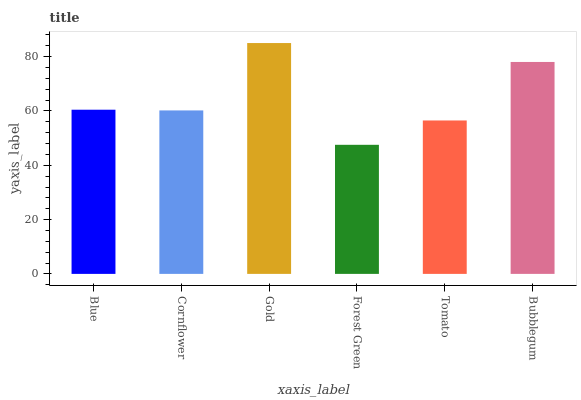
| xaxis_label | bars |
 | --- | --- |
 | Blue | 60.5 |
 | Cornflower | 60.2 |
 | Gold | 85 |
 | Forest Green | 47.5 |
 | Tomato | 56.5 |
 | Bubblegum | 78.1 |